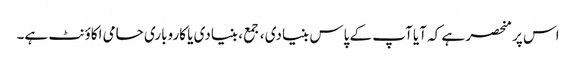
اس پر منحصر ہے کہ آیا آپ کے پاس بنیادی ، جمع ، بنیادی یا کاروباری حامی اکاؤنٹ ہے۔